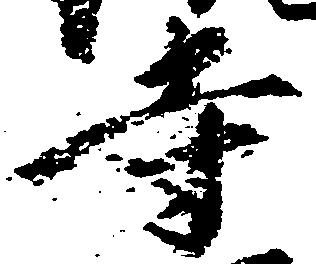
寺